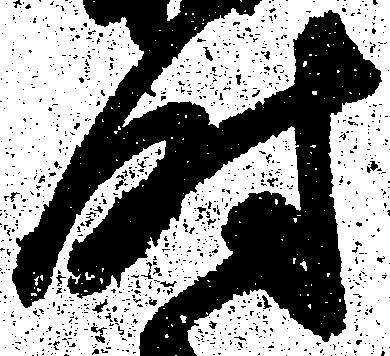
時